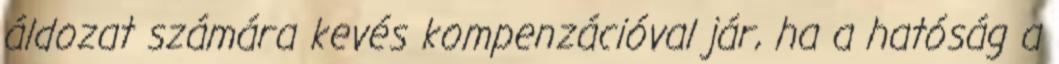
áldozat számára kevés kompenzációval jár, ha a hatóság a